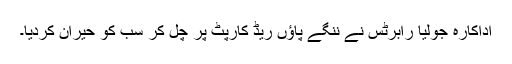
اداکارہ جولیا رابرٹس نے ننگے پاؤں ریڈ کارپٹ پر چل کر سب کو حیران کردیا۔